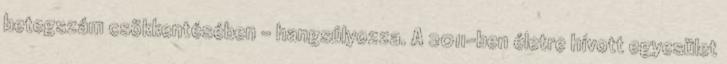
betegszám csökkentésében – hangsúlyozza. A 2011-ben életre hívott egyesület